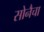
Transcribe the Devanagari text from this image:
सोनैचा